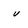
Character: v